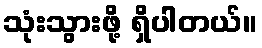
သုံးသွားဖို့ ရှိပါတယ်။